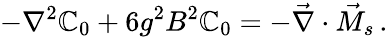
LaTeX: -\nabla^{2}\mathbb{C}_{0}+6g^{2}B^{2}\mathbb{C}_{0}=-\vec{{\nabla}}\cdot\vec{{M}}_{s}\, .